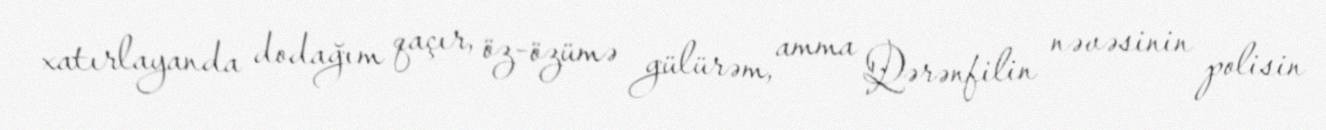
xatırlayanda dodağım qaçır, öz-özümə gülürəm, amma Qərənfilin nəvəsinin polisin